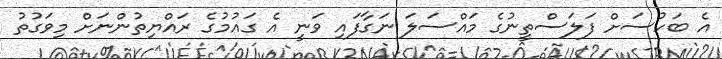
އެ ބަހުސަށް ފަލަސްތީނުގެ މައްސަލަ ނަގާފައި ވަނީ އެ ގައުމުގެ ރައްޔިތުންނަށް މިވަގުތު